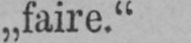
„faire.“